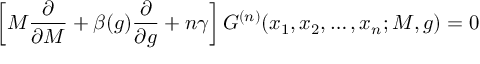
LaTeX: \left[ M { \frac { \partial } { \partial M } } + \beta ( g ) { \frac { \partial } { \partial g } } + n \gamma \right] G ^ { ( n ) } ( x _ { 1 } , x _ { 2 } , \ldots , x _ { n } ; M , g ) = 0